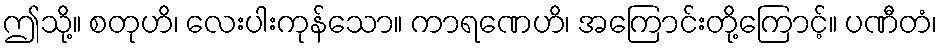
ဤသို့။ စတုဟိ၊ လေးပါးကုန်သော။ ကာရဏေဟိ၊ အကြောင်းတို့ကြောင့်။ ပဏီတံ၊